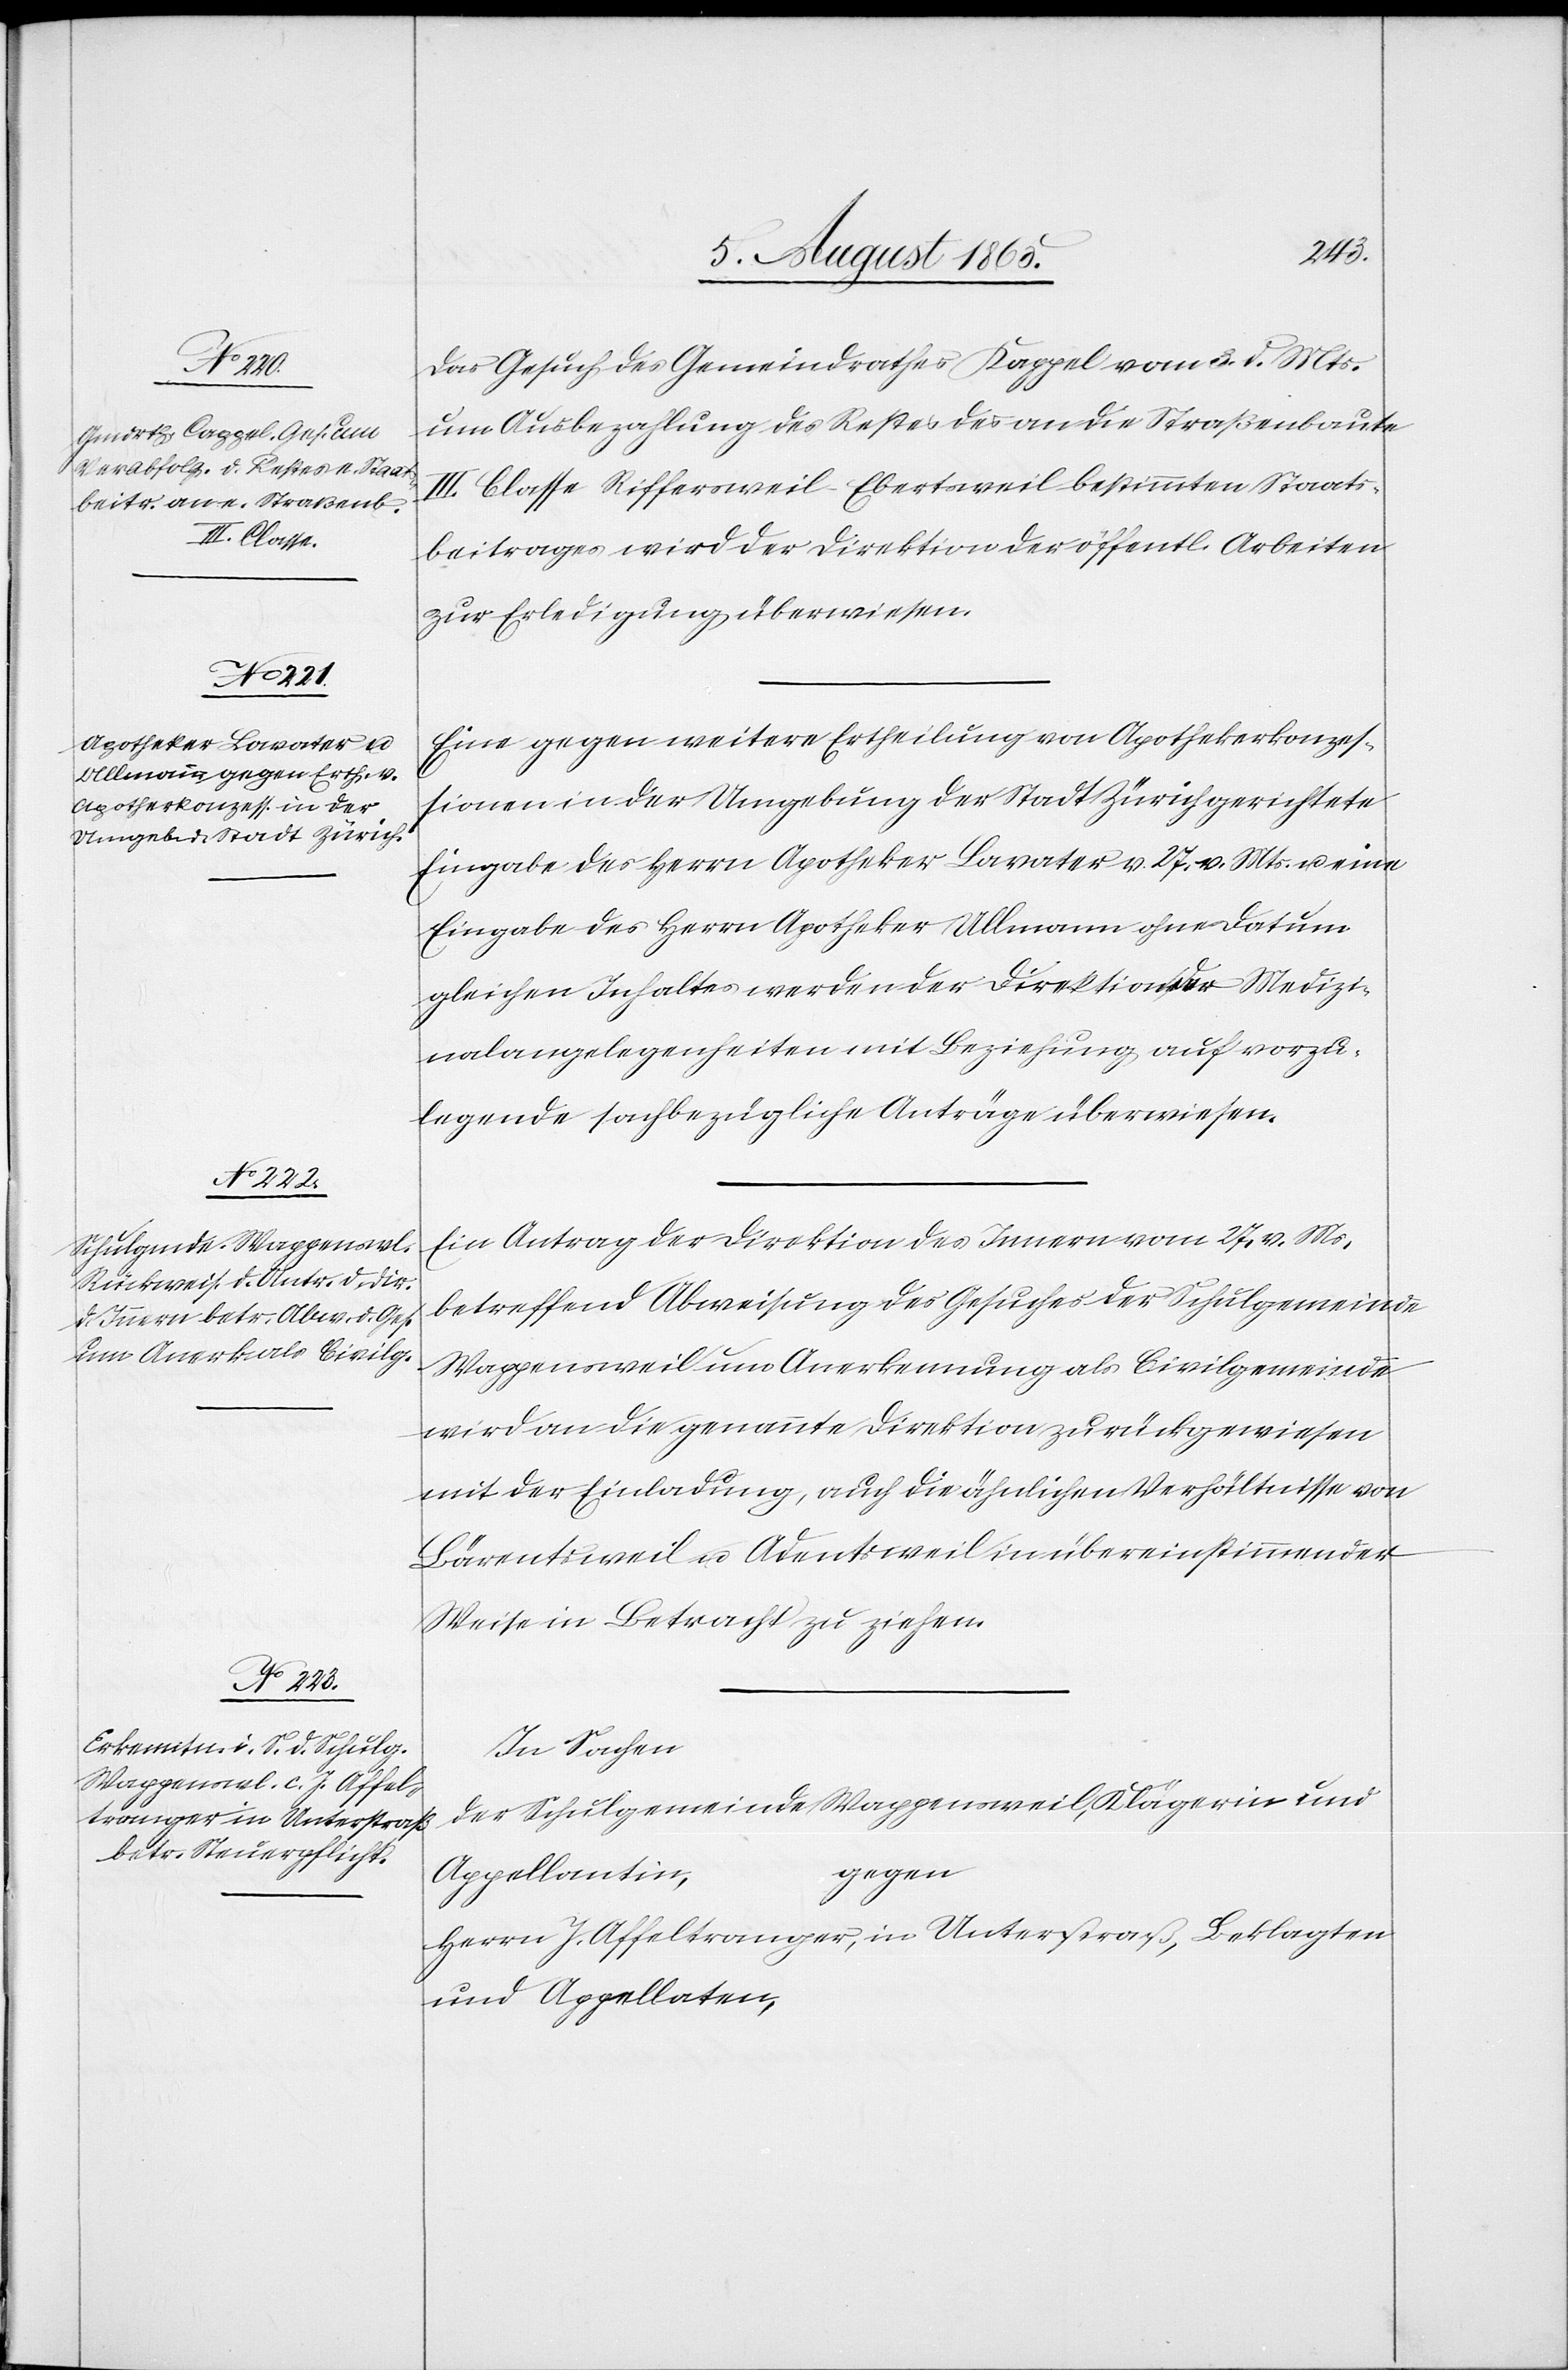
Das Gesuch des Gemeindrathes Kappel vom 3. d. Mts.
um Ausbezahlung des Restes des an die Straßenbaute
III. Classe Riffersweil-Ebertsweil bestimmten Staats¬
beitrages wird der Direktion der öffentl. Arbeiten
zur Erledigung überwiesen.
Eine gegen weitere Ertheilung von Apothekerkonzes¬
sionen in der Umgebung der Stadt Zürich gerichtete
Eingabe des Herrn Apotheker Lavater v. 27. v. Mts. u. eine
Eingabe des Herrn Apotheker Ullmann ohne Datum
gleichen Inhaltes werden der Direktion der Medizi¬
nalangelegenheiten mit Beziehung auf vorzu¬
legende sachbezügliche Anträge überwiesen.
Ein Antrag der Direktion des Innern vom 27. v. Ms.
betreffend Abweisung des Gesuches der Schulgemeinde
Wappensweil um Anerkennung als Civilgemeinde
wird an die genannte Direktion zurückgewiesen
mit der Einladung, auch die ähnlichen Verhältnisse von
Bärentsweil u. Adentsweil in übereinstimmender
Weise in Betracht zu ziehen.
In Sachen
der Schulgemeinde Wappensweil, Klägerin und
gegen
Appellantin,
Herrn J. Affeltranger, in Unterstraß, Beklagten
und Appellaten,